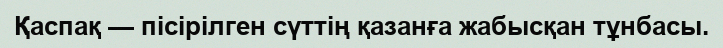
Қаспақ — пісірілген сүттің қазанға жабысқан тұнбасы.